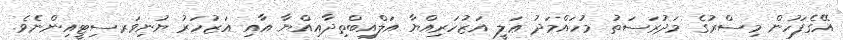
އޭގެފަހުން މިސްރުގެ މަދުރަސަތު މުހައްމަދު ޢަލީ އަޒުހަރިއްޔާ އަލްއިބްތިދާއިއްޔާ އާއި އަޒުހަރު ޔުނިވަރސިޓީއިންނެވެ.